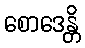
စောဒေန္တိ